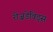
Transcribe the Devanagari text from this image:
रीज़डेविड्स